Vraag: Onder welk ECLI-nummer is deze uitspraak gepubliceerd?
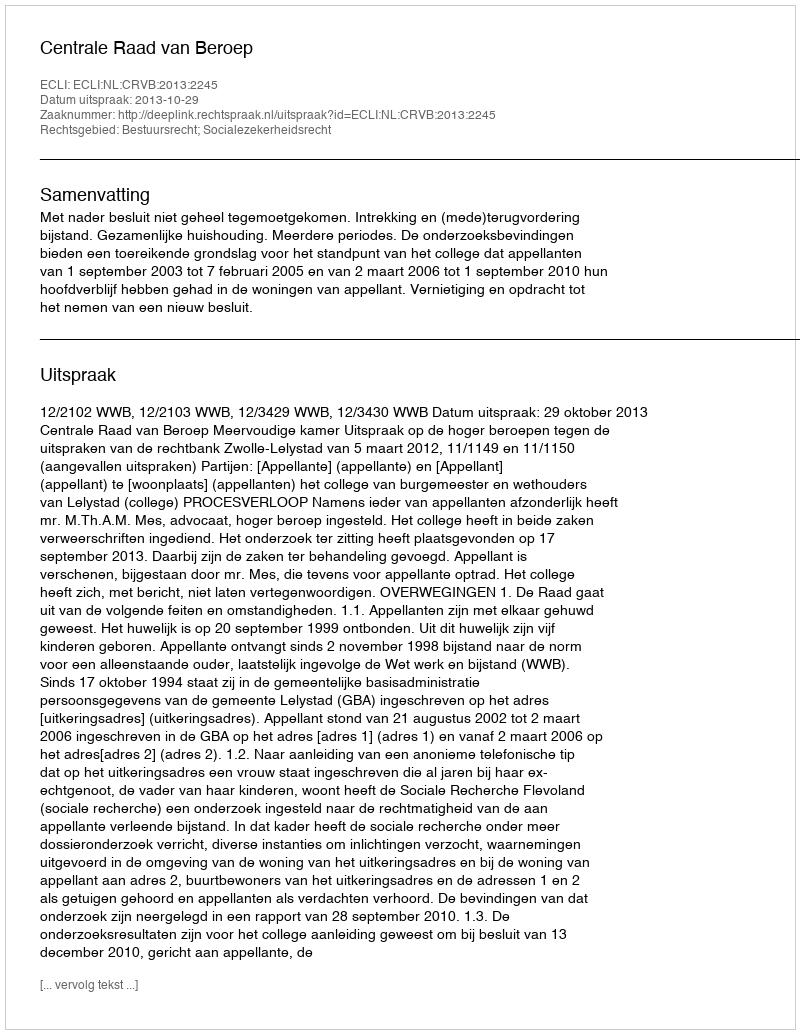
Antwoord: ECLI:NL:CRVB:2013:2245